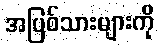
အပြစ်သားများကို